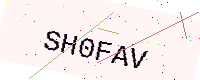
Text: SH0FAV